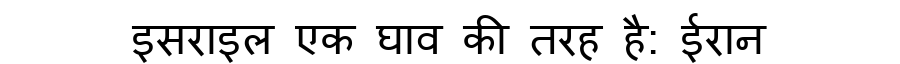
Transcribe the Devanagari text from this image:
इसराइल एक घाव की तरह है: ईरान